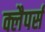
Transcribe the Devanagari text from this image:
क्लैपर्स